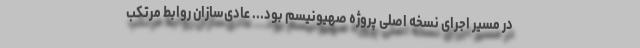
در مسیر اجرای نسخه اصلی پروژه صهیونیسم بود... عادی‌سازان روابط مرتکب